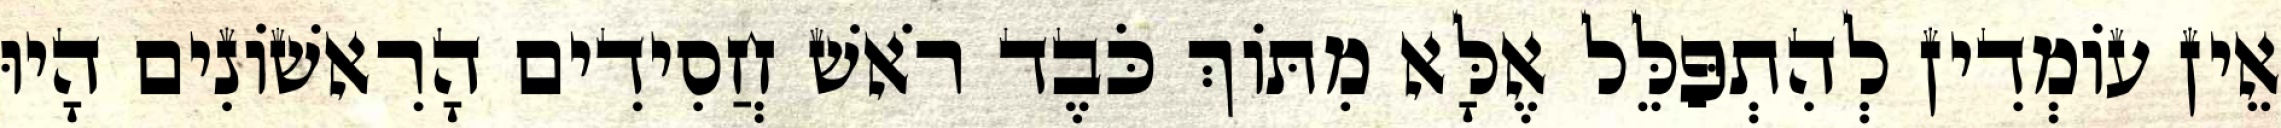
אֵין עוֹמְדִין לְהִתְפַּלֵּל אֶלָּא מִתּוֹךְ כֹּבֶד רֹאשׁ חֲסִידִים הָרִאשׁוֹנִים הָיוּ